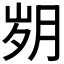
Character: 𰗆